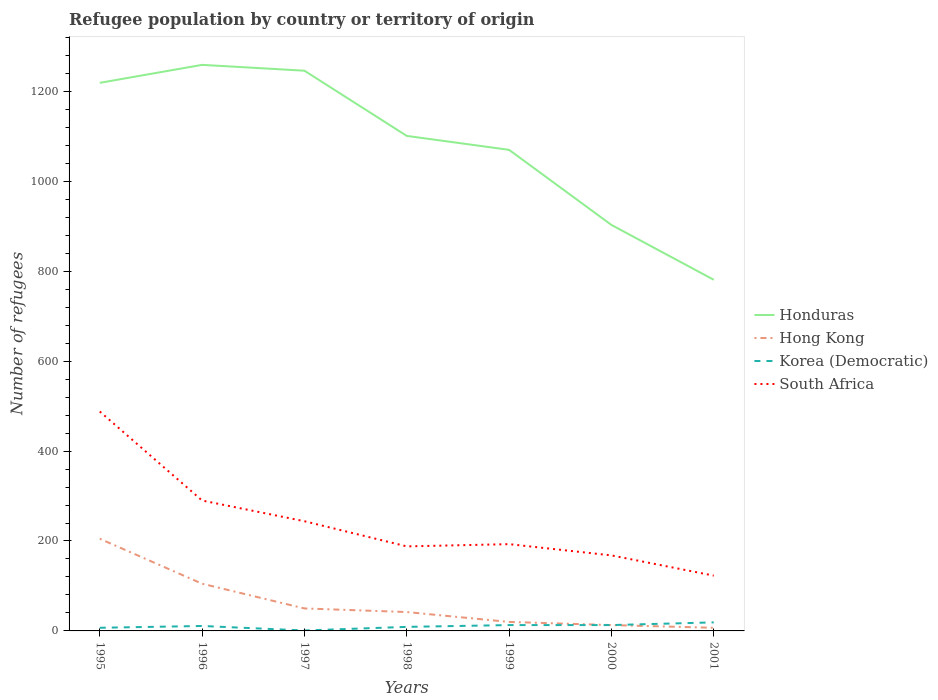
| Years | Honduras | Hong Kong | Korea (Democratic) | South Africa |
 | --- | --- | --- | --- | --- |
 | 1995 | 1.22e+03 | 205 | 7 | 488 |
 | 1996 | 1.26e+03 | 105 | 11 | 290 |
 | 1997 | 1.25e+03 | 50 | 1 | 244 |
 | 1998 | 1.1e+03 | 42 | 9 | 188 |
 | 1999 | 1.07e+03 | 20 | 13 | 193 |
 | 2000 | 903 | 13 | 13 | 168 |
 | 2001 | 781 | 7 | 19 | 123 |